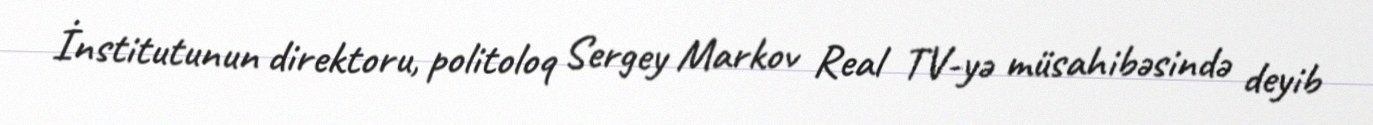
İnstitutunun direktoru, politoloq Sergey Markov Real TV-yə müsahibəsində deyib